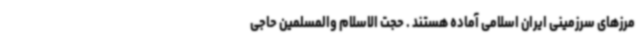
مرزهای سرزمینی ایران اسلامی آماده هستند . حجت الاسلام والمسلمین حاجی